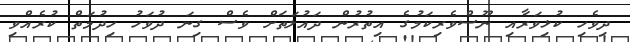
ދިވެހި ކުޅިވަރާއި ނޫސްވެރިކަމުގެ އިތުރުން ދައުލަތަށް ވެސް ގިނަ ދުވަހު ހިދުމަތް ކުރެއްވި